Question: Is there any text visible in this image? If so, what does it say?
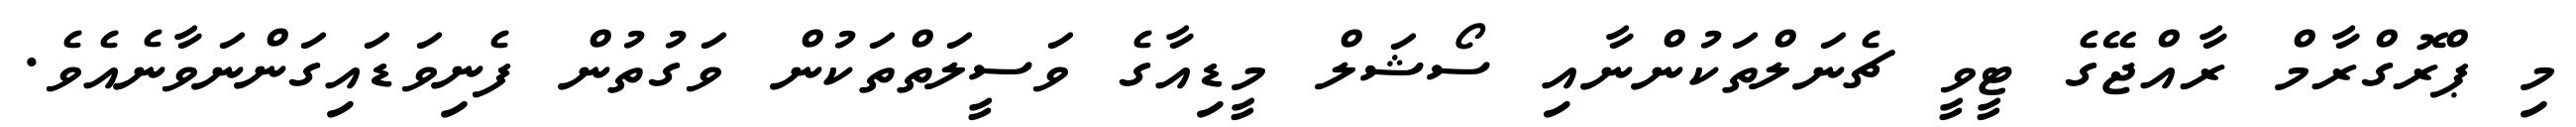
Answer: މި ޕްރޮގްރާމް ރާއްޖޭގެ ޓީވީ ޗެނަލްތަކުންނާއި ސޯޝަލް މީޑިއާގެ ވަސީލަތްތަކުން ވަގުތުން ފެނިވަޑައިގަންނަވާނެއެވެ.